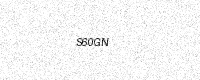
Text: S60GN